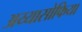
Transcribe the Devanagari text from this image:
अय्यासोफिया